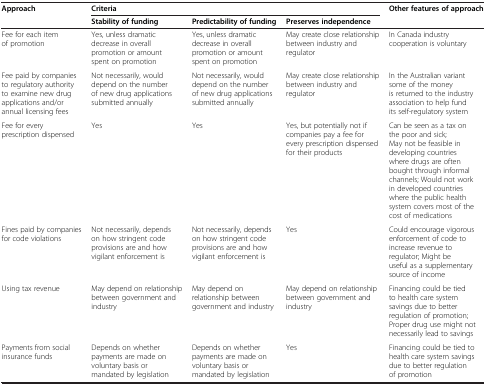
<table><thead><tr><td rowspan="2"><b>Approach</b></td><td colspan="3"><b>Criteria</b></td><td rowspan="2"><b>Other features of approach</b></td></tr><tr><td><b>Stability of funding</b></td><td><b>Predictability of funding</b></td><td><b>Preserves independence</b></td></tr></thead><tbody><tr><td>Fee for each item of promotion</td><td>Yes, unless dramatic decrease in overall promotion or amount spent on promotion</td><td>Yes, unless dramatic decrease in overall promotion or amount spent on promotion</td><td>May create close relationship between industry and regulator</td><td>In Canada industry cooperation is voluntary</td></tr><tr><td>Fee paid by companies to regulatory authority to examine new drug applications and/or annual licensing fees</td><td>Not necessarily, would depend on the number of new drug applications submitted annually</td><td>Not necessarily, would depend on the number of new drug applications submitted annually</td><td>May create close relationship between industry and regulator</td><td>In the Australian variant some of the money is returned to the industry association to help fund its self-regulatory system</td></tr><tr><td>Fee for every prescription dispensed</td><td>Yes</td><td>Yes</td><td>Yes, but potentially not if companies pay a fee for every prescription dispensed for their products</td><td>Can be seen as a tax on the poor and sick; May not be feasible in developing countries where drugs are often bought through informal channels; Would not work in developed countries where the public health system covers most of the cost of medications</td></tr><tr><td>Fines paid by companies for code violations</td><td>Not necessarily, depends on how stringent code provisions are and how vigilant enforcement is</td><td>Not necessarily, depends on how stringent code provisions are and how vigilant enforcement is</td><td>Yes</td><td>Could encourage vigorous enforcement of code to increase revenue to regulator; Might be useful as a supplementary source of income</td></tr><tr><td>Using tax revenue</td><td>May depend on relationship between government and industry</td><td>May depend on relationship between government and industry</td><td>May depend on relationship between government and industry</td><td>Financing could be tied to health care system savings due to better regulation of promotion; Proper drug use might not necessarily lead to savings</td></tr><tr><td>Payments from social insurance funds</td><td>Depends on whether payments are made on voluntary basis or mandated by legislation</td><td>Depends on whether payments are made on voluntary basis or mandated by legislation</td><td>Yes</td><td>Financing could be tied to health care system savings due to better regulation of promotion</td></tr></tbody></table>